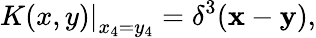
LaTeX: \left.K(x,y)\right|_{x_{4}=y_{4}}=\delta^{3}({\mathbf x}-{\mathbf y}),